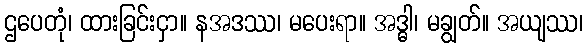
ဌပေတုံ၊ ထားခြင်းငှာ။ နအဒဿ၊ မပေးရာ။ အဒ္ဓါ၊ မချွတ်။ အယျဿ၊